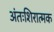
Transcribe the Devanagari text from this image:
अंतःशिरात्मक